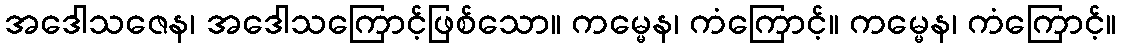
အဒေါသဇေန၊ အဒေါသကြောင့်ဖြစ်သော။ ကမ္မေန၊ ကံကြောင့်။ ကမ္မေန၊ ကံကြောင့်။